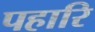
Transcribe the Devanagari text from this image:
पहारि